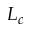
L _ { c }